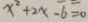
x ^ { 2 } + 2 x - 6 = 0